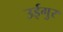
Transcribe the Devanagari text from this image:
उईगुर